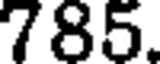
785.